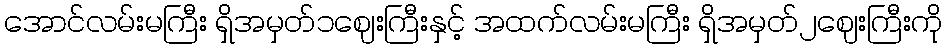
အောင်လမ်းမကြီး ရှိအမှတ်၁ဈေးကြီးနှင့် အထက်လမ်းမကြီး ရှိအမှတ်၂ဈေးကြီးကို